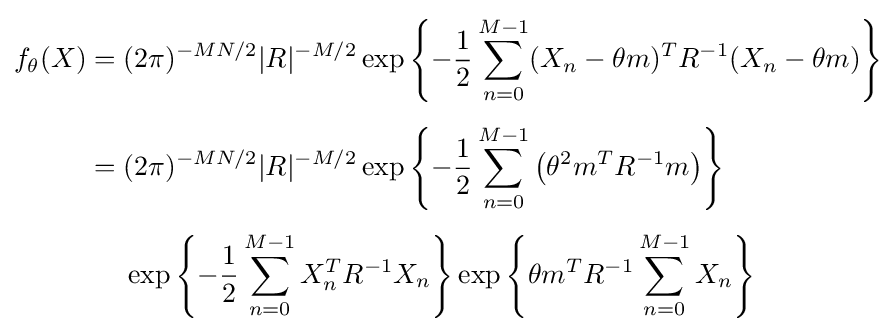
{\begin{aligned}f_{\theta }(X)={}&(2\pi )^{-MN/2}|R|^{-M/2}\exp \left\{-{\frac {1}{2}}\sum _{n=0}^{M-1}(X_{n}-\theta m)^{T}R^{-1}(X_{n}-\theta m)\right\}\\[4pt]={}&(2\pi )^{-MN/2}|R|^{-M/2}\exp \left\{-{\frac {1}{2}}\sum _{n=0}^{M-1}\left(\theta ^{2}m^{T}R^{-1}m\right)\right\}\\[4pt]&\exp \left\{-{\frac {1}{2}}\sum _{n=0}^{M-1}X_{n}^{T}R^{-1}X_{n}\right\}\exp \left\{\theta m^{T}R^{-1}\sum _{n=0}^{M-1}X_{n}\right\}\end{aligned}}